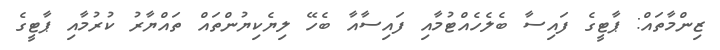
ޒިންމާތައް: ޕާޓީގެ ފައިސާ ބެލެހެއްޓުމާއި ފައިސާއާ ބެހޭ ލިޔެކިޔުންތައް ތައްޔާރު ކުރުމާއި ޕާޓީގެ